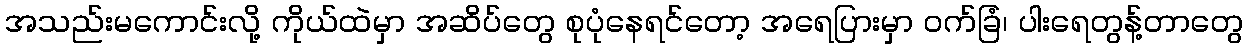
အသည်းမကောင်းလို့ ကိုယ်ထဲမှာ အဆိပ်တွေ စုပုံနေရင်တော့ အရေပြားမှာ ဝက်ခြံ၊ ပါးရေတွန့်တာတွေ